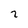
Character: 2